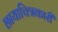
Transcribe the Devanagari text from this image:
छायाचित्रकारी